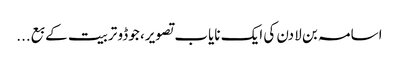
اسامہ بن لادن کی ایک نایاب تصویر، جوڈو تربیت کے بع...